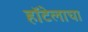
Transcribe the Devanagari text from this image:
हॉटेलाचा